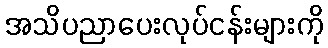
အသိပညာပေးလုပ်ငန်းများကို